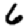
Digit: 6